system: You are a helpful assistant.
user:
Analyze the provided spectrum to determine if it is a **M-type Giant (gM)**.

A M-type Giant spectrum is defined by its **strong molecular absorption** features, particularly from **Titanium Oxide (TiO)**. You must check for one of the following mutually exclusive signatures:

- **Key Visual Indicators (Absorption-Dominated Spectrum):**

    - **(Primary):** The spectrum is dominated by strong molecular absorption from **Titanium Oxide (TiO)**. This is the **defining feature** of its M-type temperature class.
        - **(Key Bandheads):** Look for sharp, "saw-tooth" absorption valleys. The strongest are located near **~7050 Å**, **~6160 Å**, and **~5170 Å**.
        - **(Line Profile):** The "saw-tooth" morphology is critical: a **sharp, steep drop on the BLUE (short-wavelength) side** of the bandhead, followed by a gradual recovery (rising flux) towards the RED (long-wavelength) side.

    - **(Key Confirmation - Giant vs. Dwarf):** **ABSENCE** of strong **Calcium Hydride (CaH)** molecular bands. This is the primary diagnostic for *excluding* M-dwarfs.
        - **(Key Region):** The spectrum should lack the strong, broad absorption band seen in dwarfs between **~6800 Å and ~7000 Å**.

    - **(Secondary Confirmation - Giant):** A very strong and broad **Neutral Calcium (Ca I)** atomic absorption line.
        - **(Key Line):** Located at **~4226 Å**. In a giant (gM), this line is significantly deeper and broader than the same line in an M-dwarf (dM) due to low surface gravity.

    - **(Overall Spectrum):**
        - The continuum is **extremely red-sloping** (i.e., flux is very low in the blue and rises dramatically towards the red).
        - The entire spectrum appears "chopped up" by the deep TiO bands.

Think first, call **spectral_visualization_tool** if needed to examine features in detail, then provide your final answer. Your response must adhere to the following strict rules:
1.  **Overall Structure:** Your response must follow the format `<think>...</think> <tool_call>...</tool_call> (if a tool is used) <answer>...</answer>`.
2.  **Tool Usage Constraint:** You may only make **one** tool call per turn.
3.  **Final Answer Format:** In the `<answer>` tag, your conclusion must be inside a `\boxed{}` command (e.g., `\boxed{YES}` or `\boxed{NO}`), followed by your justification.

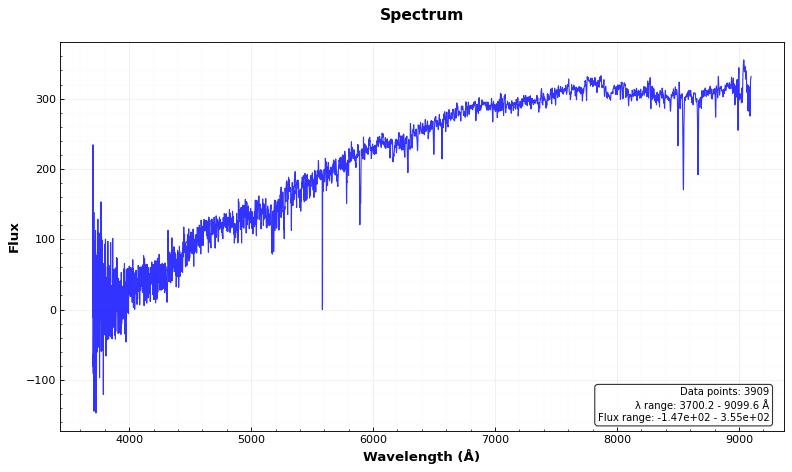
Answer: NO